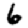
Digit: 6